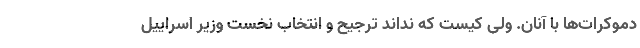
دموکرات‌ها با آنان. ولی کیست که نداند ترجیح و انتخاب نخست وزیر اسراییل